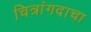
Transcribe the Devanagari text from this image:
चित्रांगदाचा